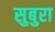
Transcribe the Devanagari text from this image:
सुबुरा